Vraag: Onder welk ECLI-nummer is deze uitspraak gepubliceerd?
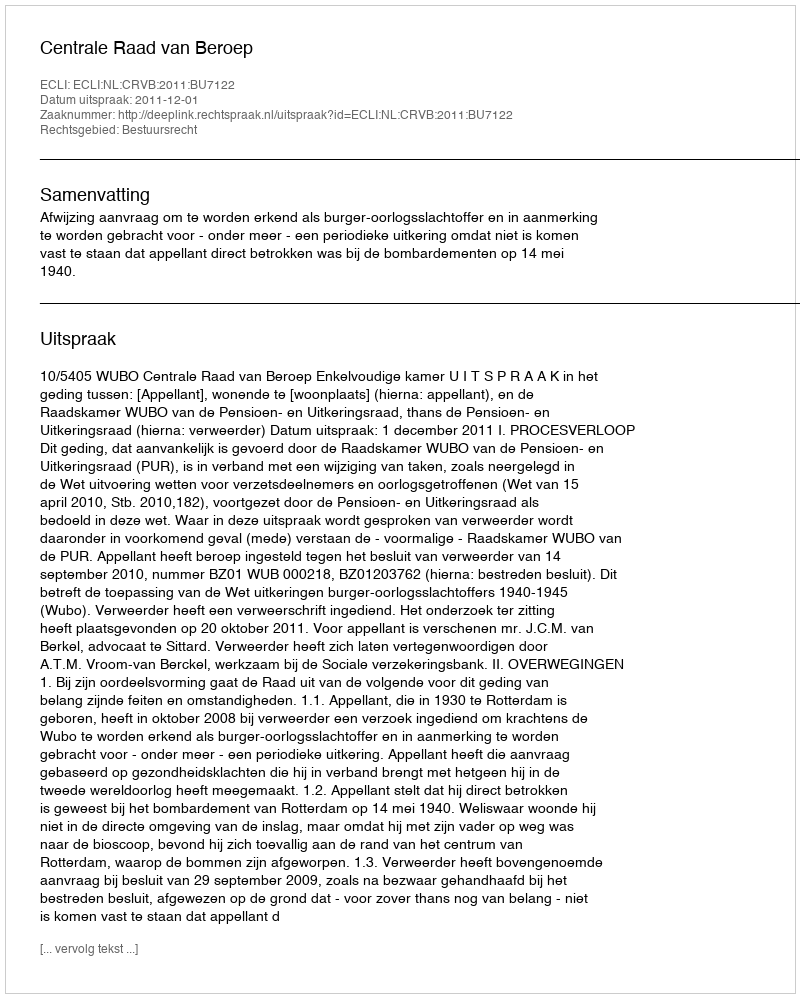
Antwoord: ECLI:NL:CRVB:2011:BU7122